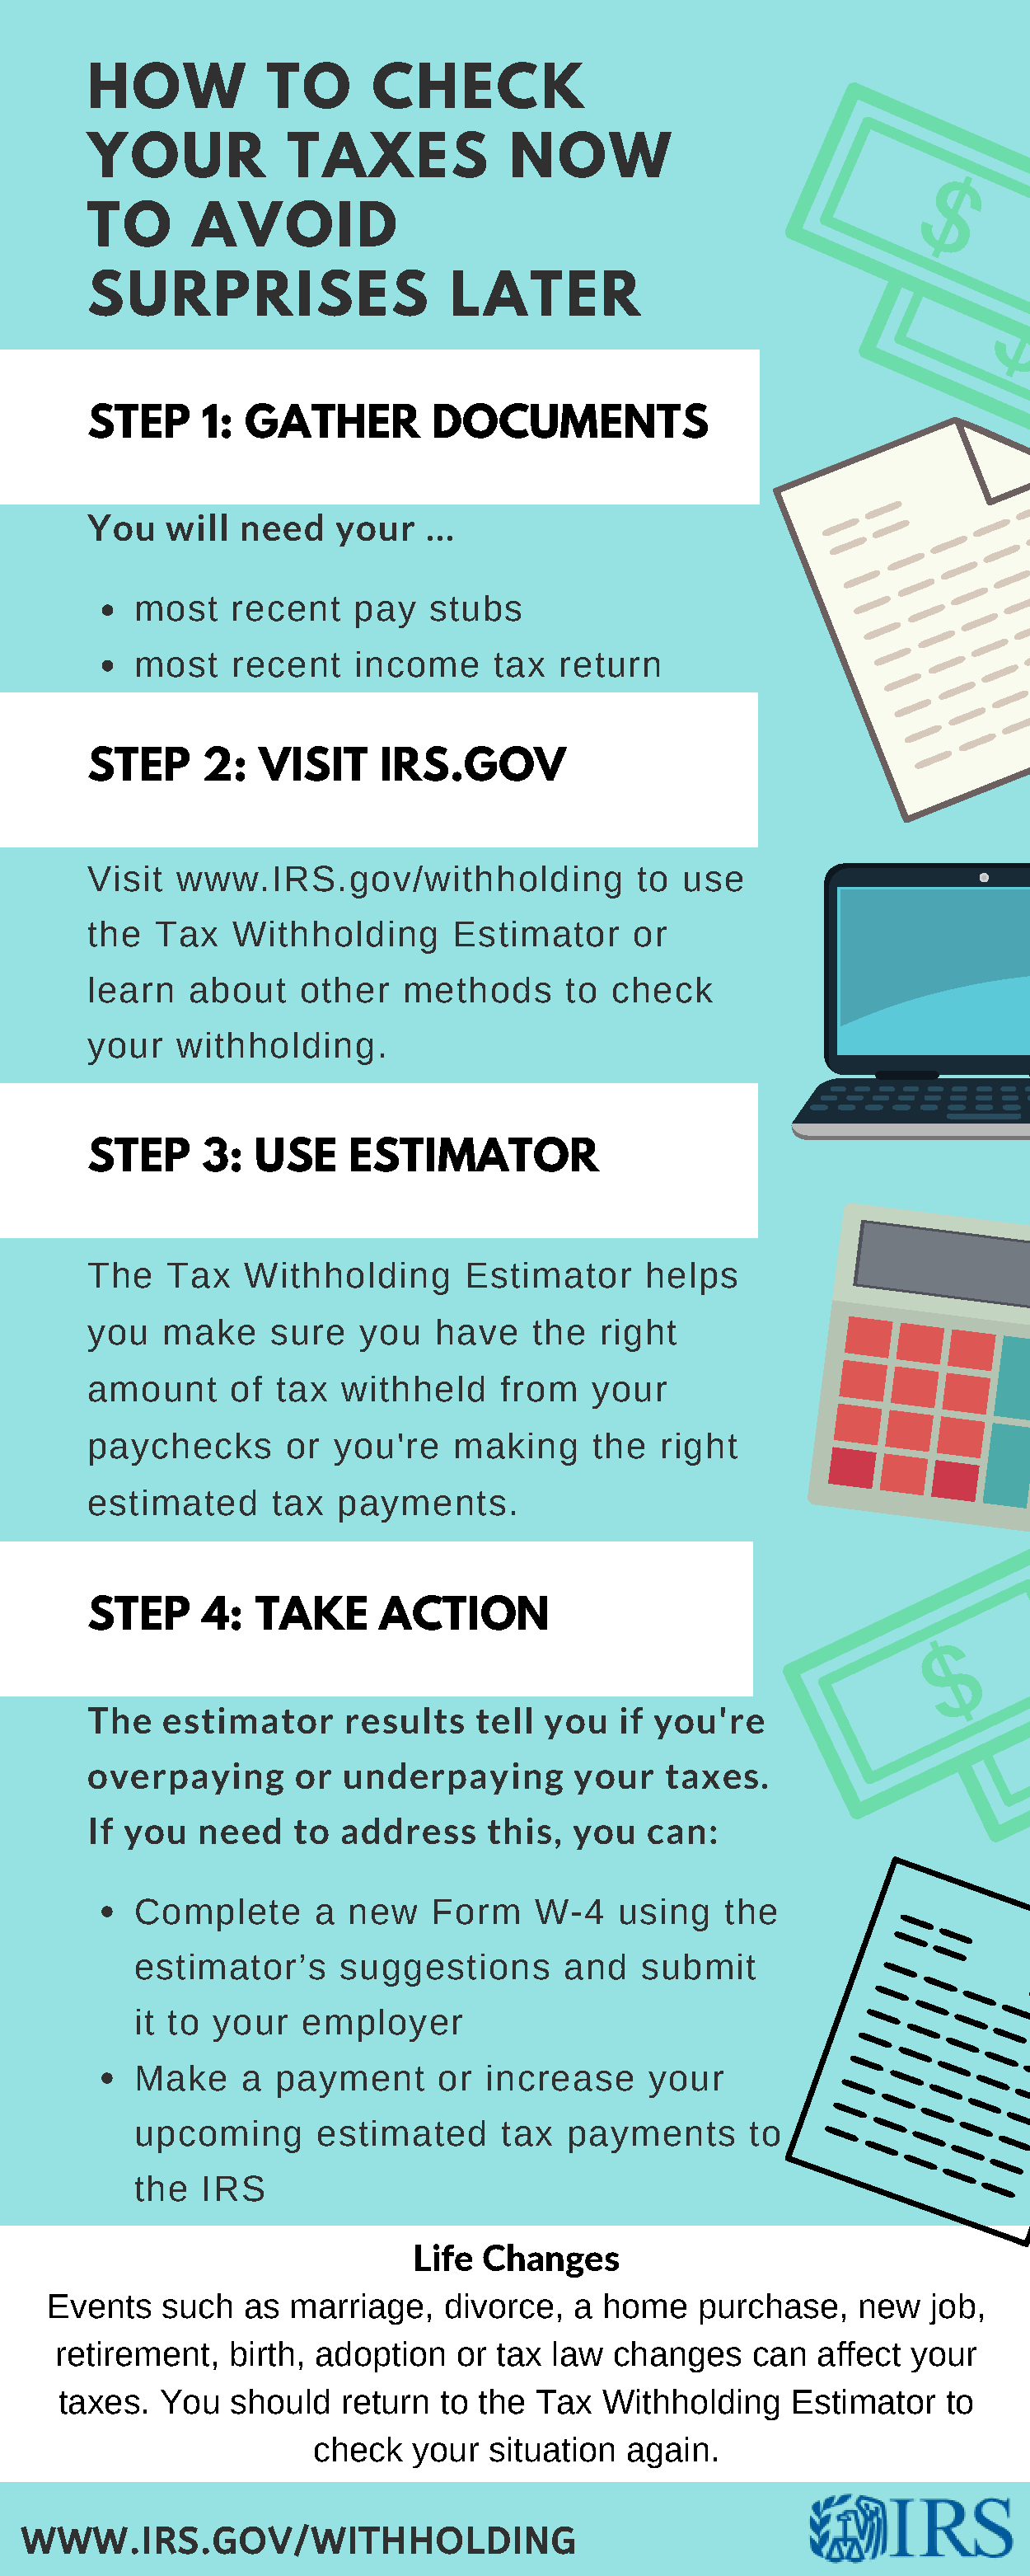
HOW           TO       CHECK
 YOUR            TAXES             NOW
 TO      AVOID
 SURPRISES                    LATER
 STEP     1:  GATHER         DOCUMENTS
 You   will  need    your   ...
 most    recent   pay   stubs
 most    recent   income      tax  return
 STEP     2:   VISIT     IRS.GOV
 Visit  www.IRS.gov/withholding              to  use
 the  Tax    Withholding      Estimator      or
 learn   about    other   methods      to  check
 your   withholding.
 STEP     3:  USE     ESTIMATOR
 The   Tax    Withholding      Estimator      helps
 you   make     sure   you   have    the  right
 amount     of  tax  withheld     from    your
 paychecks       or  you're   making      the  right
 estimated      tax  payments.
 STEP     4:  TAKE      ACTION
 The   estimator      results   tell  you   if you're
 overpaying       or  underpaying       your   taxes.
 If you   need    to address     this,  you   can:
 Complete      a  new    Form    W-4    using   the
 estimator’s     suggestions       and   submit
 it to your   employer
 Make    a  payment      or  increase     your
 upcoming      estimated      tax   payments      to
 the  IRS
 Life  Changes
 Events   such   as marriage,    divorce,  a home    purchase,    new   job,
 retirement,   birth, adoption    or tax law  changes    can   affect your
 taxes.  You  should   return  to the  Tax  Withholding     Estimator   to
 check   your  situation  again.
 WWW.IRS.GOV/WITHHOLDING